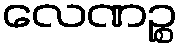
လေဏဉ္စ